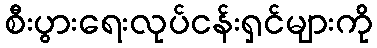
စီးပွားရေးလုပ်ငန်းရှင်များကို